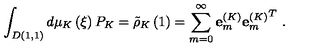
\int _ { D ( 1 , 1 ) } { d \mu _ { K } \left( \xi \right) P _ { K } = { \tilde { \rho } } _ { K } \left( 1 \right) = \sum _ { m = 0 } ^ { \infty } { { \bf e } _ { m } ^ { \left( K \right) } { { \bf e } _ { m } ^ { \left( K \right) } } ^ { T } } } \ .